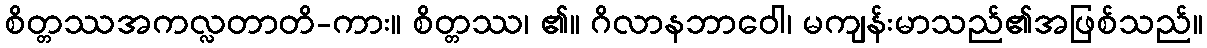
စိတ္တဿအကလ္လတာတိ-ကား။ စိတ္တဿ၊ ၏။ ဂိလာနဘာဝေါ၊ မကျန်းမာသည်၏အဖြစ်သည်။